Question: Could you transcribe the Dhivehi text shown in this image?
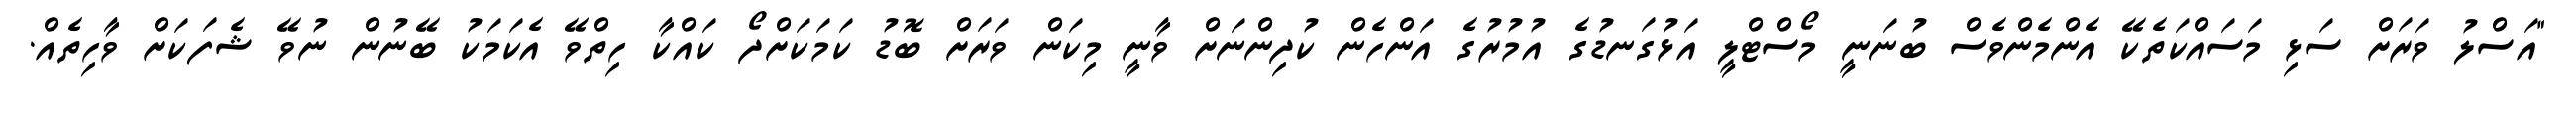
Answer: "އަސްލު ވަރަށް ސަޅި މަސައްކަތެކޭ އެންމެންވެސް ބުނަނީ މޯސްޓްލީ އަޅުގަނޑުގެ އުމުރުގެ އަންހެން ކުދިންނަށް ވާނީ މިކަން ވަރަށް ބޮޑު ކަމަކަށްދޯ ކައްކާ ހިތްވޭ އެކަމަކު ބޭނުން ނުވޭ ޝެފަކަށް ވާހިތެއް.